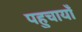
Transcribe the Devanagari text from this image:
पहुचायाँ